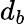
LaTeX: d_{b}